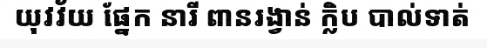
យុវវ័យ ផ្នែក នារី ពានរង្វាន់ ក្លិប បាល់ទាត់